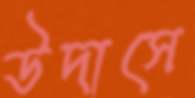
উদাসে